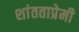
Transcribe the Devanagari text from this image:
शांतताप्रेमी